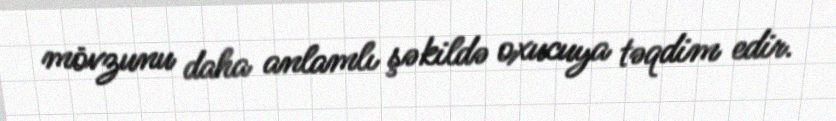
mövzunu daha anlamlı şəkildə oxucuya təqdim edir.